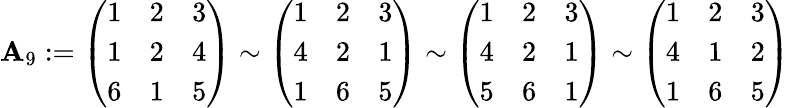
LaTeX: \mathbf{A}_{9}:=\left(\begin{array}{lll}{1}&{2}&{3}\\ {1}&{2}&{4}\\ {6}&{1}&{5}\end{array}\right)\sim\left(\begin{array}{lll}{1}&{2}&{3}\\ {4}&{2}&{1}\\ {1}&{6}&{5}\end{array}\right)\sim\left(\begin{array}{lll}{1}&{2}&{3}\\ {4}&{2}&{1}\\ {5}&{6}&{1}\end{array}\right)\sim\left(\begin{array}{lll}{1}&{2}&{3}\\ {4}&{1}&{2}\\ {1}&{6}&{5}\end{array}\right)